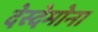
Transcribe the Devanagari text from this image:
देस्देमोना